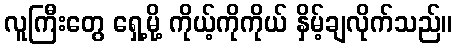
လူကြီးတွေ ရှေ့မို့ ကိုယ့်ကိုကိုယ် နှိမ့်ချလိုက်သည်။